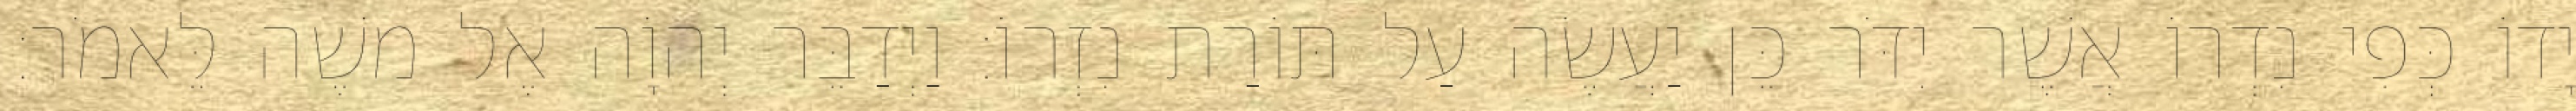
יָדוֹ כְּפִי נִדְרוֹ אֲשֶׁר יִדֹּר כֵּן יַעֲשֶׂה עַל תּוֹרַת נִזְרוֹ׃ וַיְדַבֵּר יְהוָֹה אֶל משֶׁה לֵּאמֹר׃